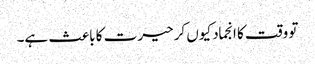
تو وقت کا انجماد کیوں کر حیرت کا باعث ہے۔